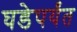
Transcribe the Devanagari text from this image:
घडेपर्यंत